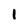
Character: 1